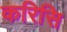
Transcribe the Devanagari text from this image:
करिसि